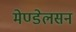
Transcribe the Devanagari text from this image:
मेण्डेलसन